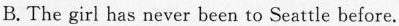
B. The girl has never been to Seattle before.